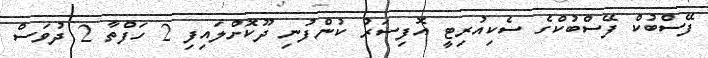
ފޭސްބުކް ފޭސްބުކްގެ ސެކިއުރިޓީ އޮފިސަރު ކުންފުނި ދޫކޮށްލައިފި 2 ހަފްތާ 2 ދުވަސް